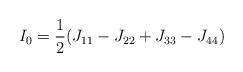
LaTeX: \begin{align*}I_0= \frac{1}{2} (J_{11} -J_{22} +J_{33}-J_{44})\end{align*}